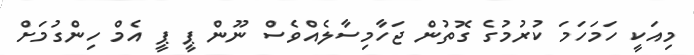
މިއަކީ ހަމަހަމަ ކުރުމުގެ ގޮތުން ޖަހާމިސާލެއްވެސް ނޫން ޕީ ޕީ އެމް ހިންގުމަށް